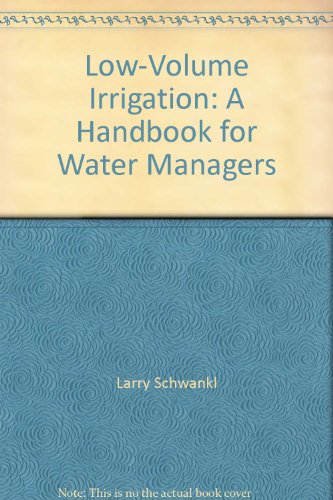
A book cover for Low-Volume Irrigation: A Handbook for Water Managers; Larry Schwankl; Science & Math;